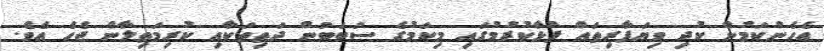
އެހެންކަމުން ކުދި ވިޔަފާރިތައް ފުޅާކުރުމުގައި މިކަމުގެ ސަބަބުން ދަތިތަކާއި ކުރިމަތިލާން ޖެހެ އެވެ.